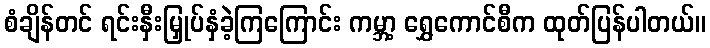
စံချိန်တင် ရင်းနှီးမြှုပ်နှံခဲ့ကြကြောင်း ကမ္ဘာ့ ရွှေကောင်စီက ထုတ်ပြန်ပါတယ်။